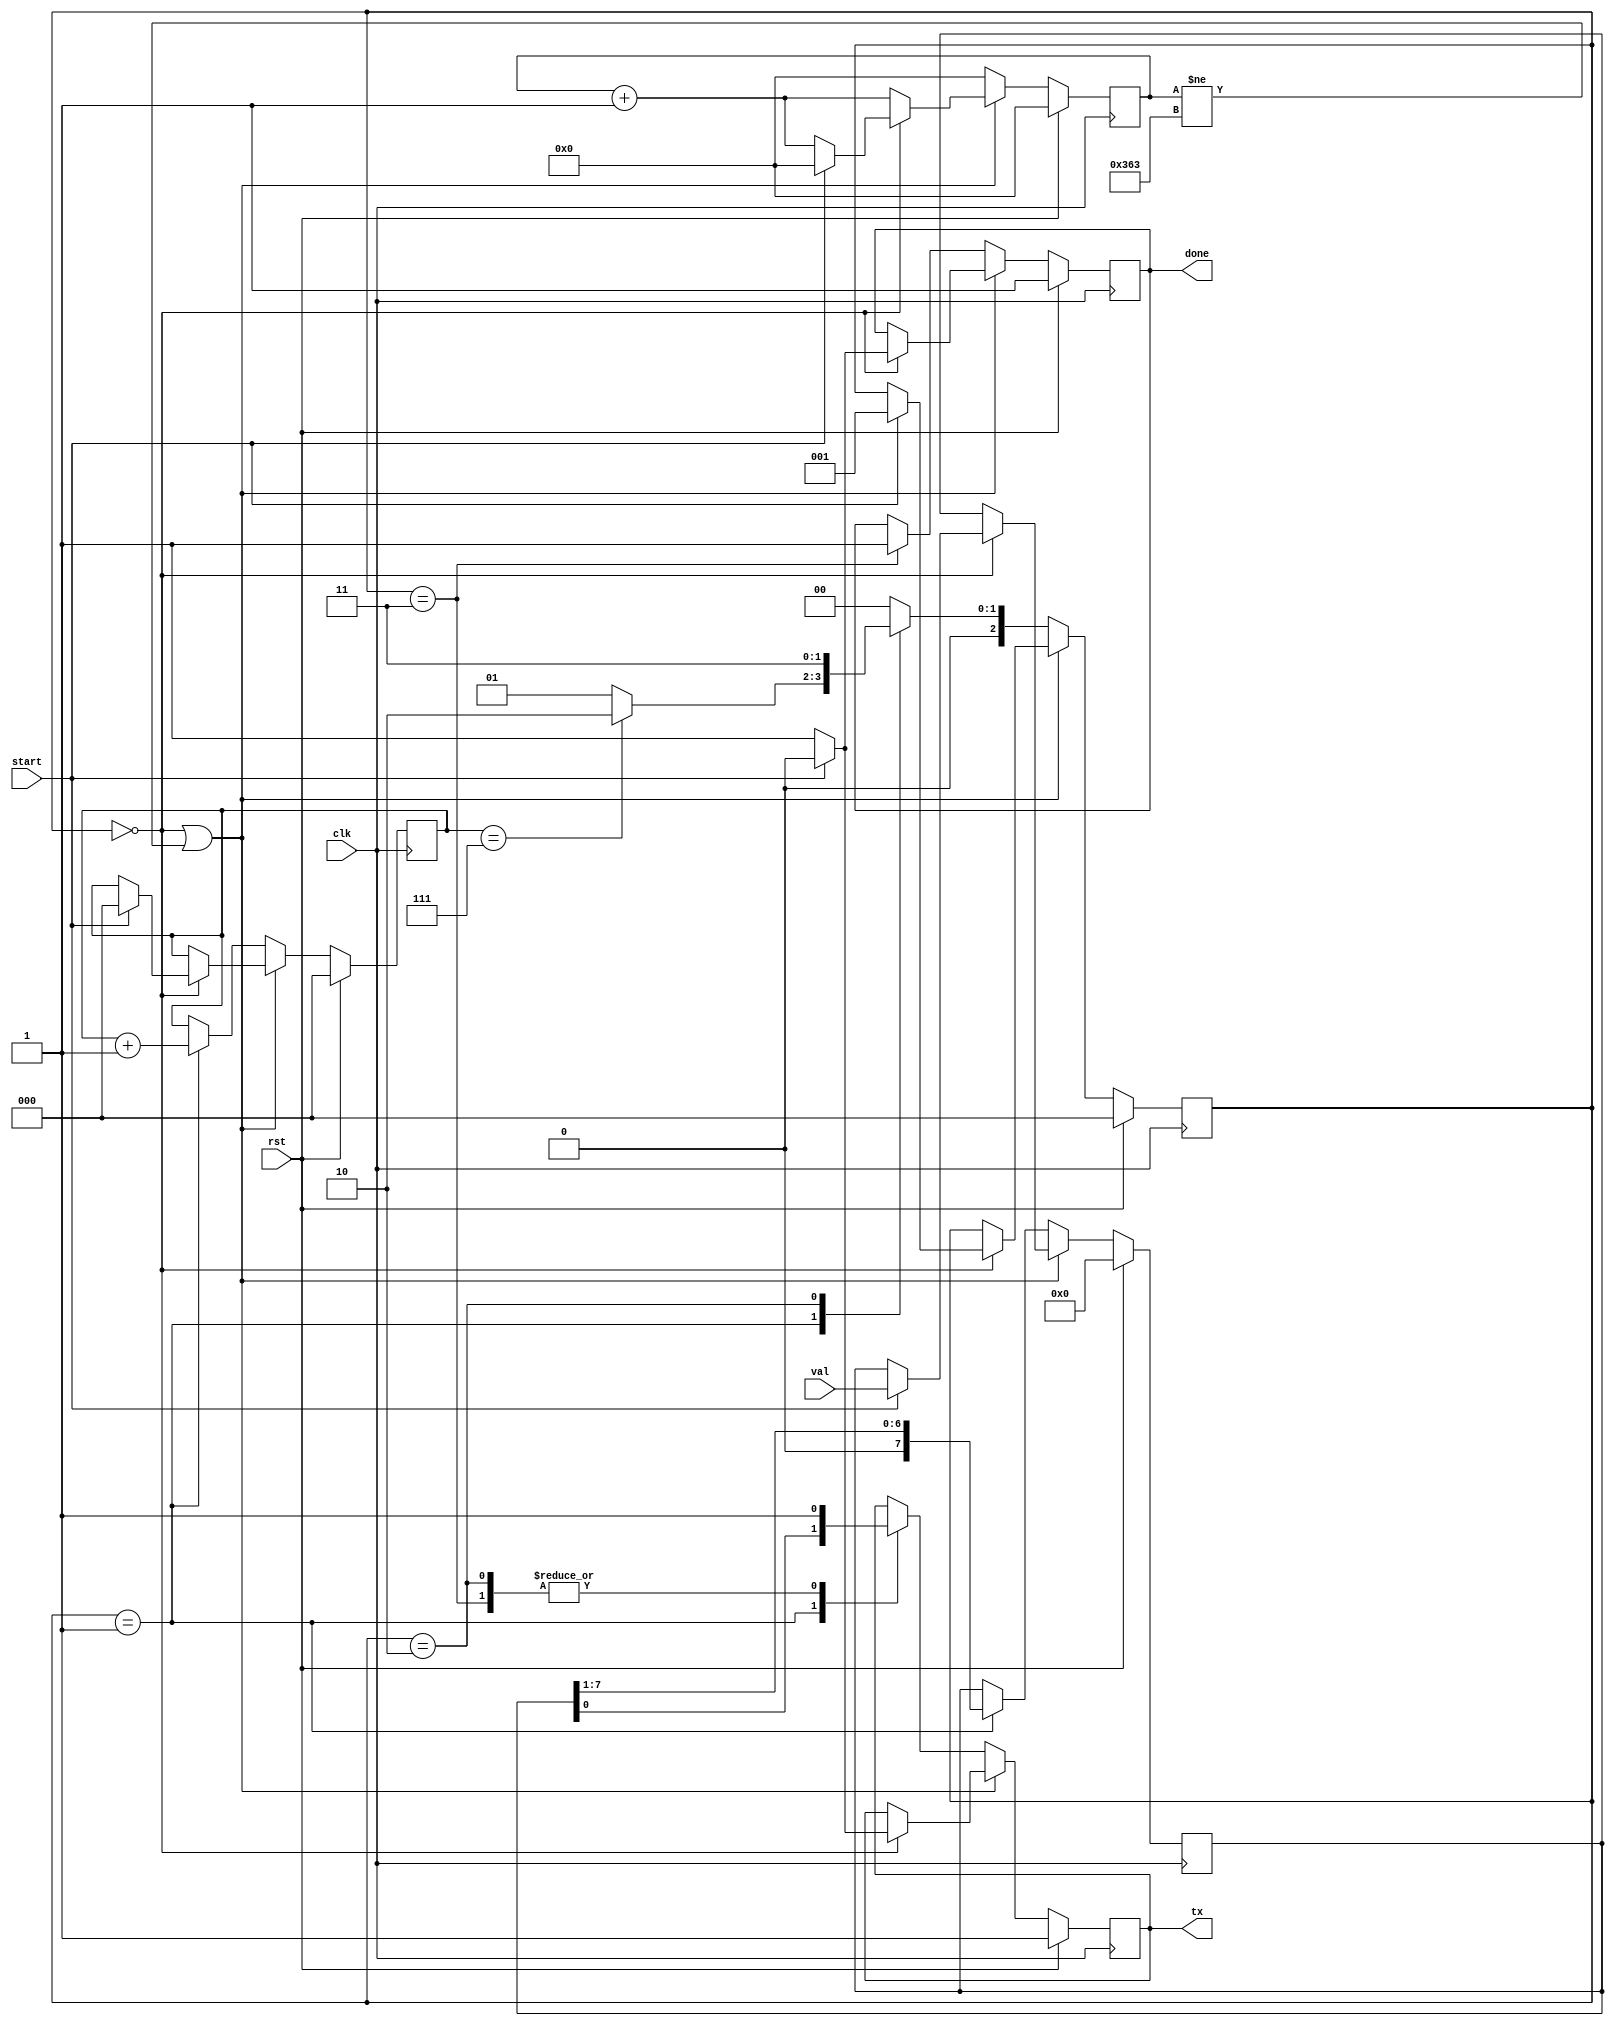
/////////////////////////////////////////////
// `define INCLUDE_UART_TX_PARITY

module uart_tx #(
    parameter CLOCK_RATE = 100000000,
    parameter BAUD_RATE = 115200,
    parameter PARITY = 1
)(
    input rst,
    input clk,
    input [7:0] val,
    input start,

    output reg tx,
    output reg done
);

initial begin
    tx = 1;
    done = 1;
end

reg [7: 0] data = 0;
reg [2: 0] idx = 0;

parameter S_IDLE       = 3'b000;
parameter S_DATA_BITS  = 3'b001;
parameter S_STOP_BIT   = 3'b010;
parameter S_DONE       = 3'b011;

`ifdef INCLUDE_UART_TX_PARITY
parameter S_PARITY_BIT = 3'b100;
reg parity = 0;
`endif

reg [2:0] state = S_IDLE;

parameter RATE = CLOCK_RATE / BAUD_RATE;
parameter WIDTH = $clog2(RATE);

reg [WIDTH:0] counter = 0;

always@(posedge clk) begin
    if(rst) begin
        data <= 0;
        idx <= 0;
        state <= S_IDLE;
        done <= 1;
        tx <= 1;
        counter <= 0;
    end else begin
        if(state == S_IDLE | counter != RATE-1) begin
            counter <= counter + 1;

            if(state == S_IDLE) begin
                if(start) begin
                    state <= S_DATA_BITS;
                    counter <= 0;
                    idx <= 0;

                    data <= val;
`ifdef INCLUDE_UART_TX_PARITY
                    parity <= 0;
`endif
                    tx <= 0;
                    done <= 0;
                end else begin
                    tx <= 1;
                    done <= 1;
                end
            end

        end else begin
            counter <= 0;

            case(state)
                default:
                    state <= S_IDLE;

                S_DATA_BITS: begin
`ifdef INCLUDE_UART_TX_PARITY
                    state <= idx == 7 ? (PARITY ? S_PARITY_BIT : S_STOP_BIT) : S_DATA_BITS;
                    parity <= parity ^ data[0];
`else
                    state <= idx == 7 ? S_STOP_BIT : S_DATA_BITS;
`endif
                    idx <= idx + 1;
                    data <= data >> 1;
                    tx <= data[0];
                end
`ifdef INCLUDE_UART_TX_PARITY
                S_PARITY_BIT: begin
                    state <= S_STOP_BIT;
                    tx <= parity;
                end
`endif
                S_STOP_BIT: begin
                    state <= S_DONE;
                    tx <= 1;
                end

                S_DONE: begin
                    state <= S_IDLE;
                    tx <= 1;
                    done <= 1;
                end
            endcase
        end

    end
end


endmodule